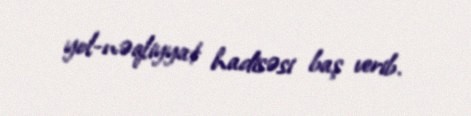
yol-nəqliyyat hadisəsi baş verib.